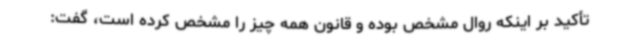
تأکید بر اینکه روال مشخص بوده و قانون همه چیز را مشخص کرده است، گفت: